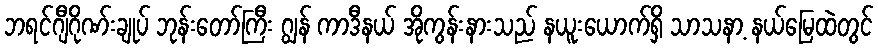
ဘရင်ဂျီဂိုဏ်းချုပ် ဘုန်းတော်ကြီး ဂျွန် ကာဒီနယ် အိုကွန်းနားသည် နယူးယောက်ရှိ သာသနာ့ နယ်မြေထဲတွင်